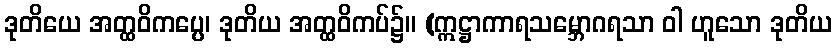
ဒုတိယေ အတ္ထဝိကပ္ပေ၊ ဒုတိယ အတ္ထဝိကပ်၌။ (ဣဋ္ဌာကာရသမ္ဘောဂရသာ ဝါ ဟူသော ဒုတိယ